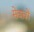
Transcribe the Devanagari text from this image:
सेवावों